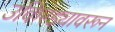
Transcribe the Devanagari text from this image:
उकिरड्यावरून